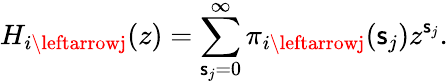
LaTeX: H_{i\leftarrowj}(z)=\sum_{\mathsf{s}_{j}=0}^{\infty}\pi_{i\leftarrowj}(\mathsf{s}_{j})z^{\mathsf{s}_{j}}.